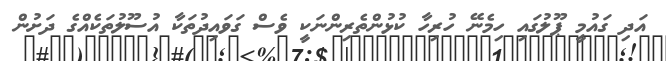
އަދި ގައުމީ ޕޫލުގައި ހިމެނޭ ހުރިހާ ކުޅުންތެރިންނަކީ ވެސް ގަވައިދުތަކާ އުސޫލުތަކެއްގެ ދަށުން